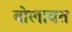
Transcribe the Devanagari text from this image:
बोलावत